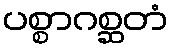
ပစ္စာဂစ္ဆတံ